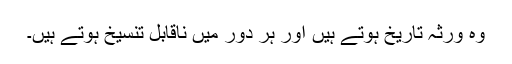
وہ ورثہ تاریخ ہوتے ہیں اور ہر دور میں ناقابلِ تنسیخ ہوتے ہیں۔